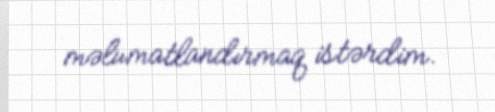
məlumatlandırmaq istərdim.